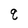
Character: q